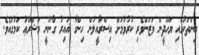
ބިންތަކުގައި ޔަހޫދީން ވަޒަންވެރި ކުރުވުމަށް އިސްރާއީލުން ހިންގާ ޣައިރު ގާނޫނީ މަޝްރޫޢު ކަމުގައެވެ.